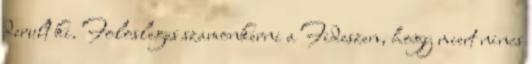
derult ki. Folosleges szamonkerni a Fideszen, hogy miert nincs